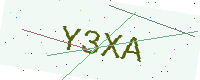
Text: Y3XA